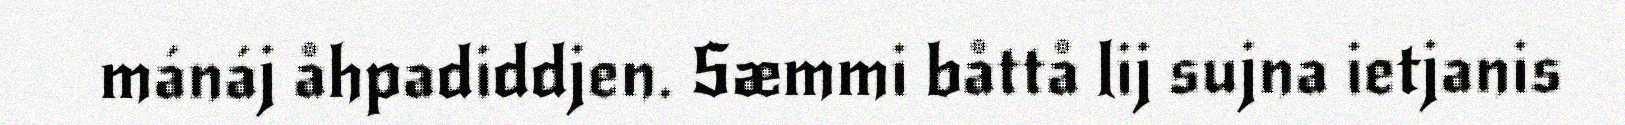
mánáj åhpadiddjen. Sæmmi båttå lij sujna ietjanis